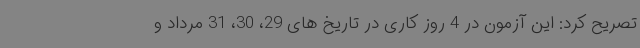
تصریح کرد: این آزمون در 4 روز کاری در تاریخ های 29، 30، 31 مرداد و